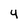
Character: 4